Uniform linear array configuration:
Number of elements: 12
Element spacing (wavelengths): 0.25
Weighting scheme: binomial
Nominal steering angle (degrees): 30
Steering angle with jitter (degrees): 29.636
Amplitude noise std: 0.05
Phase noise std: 0.05

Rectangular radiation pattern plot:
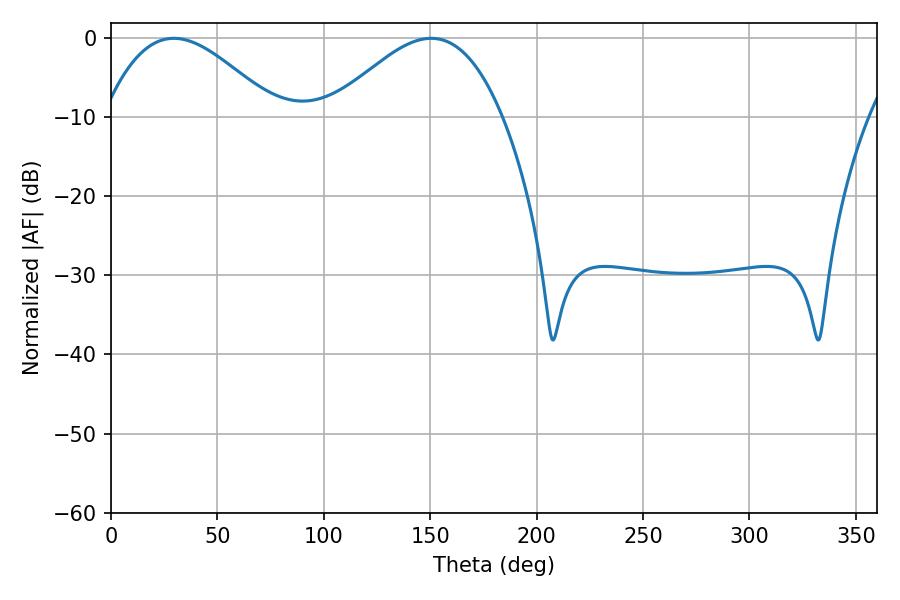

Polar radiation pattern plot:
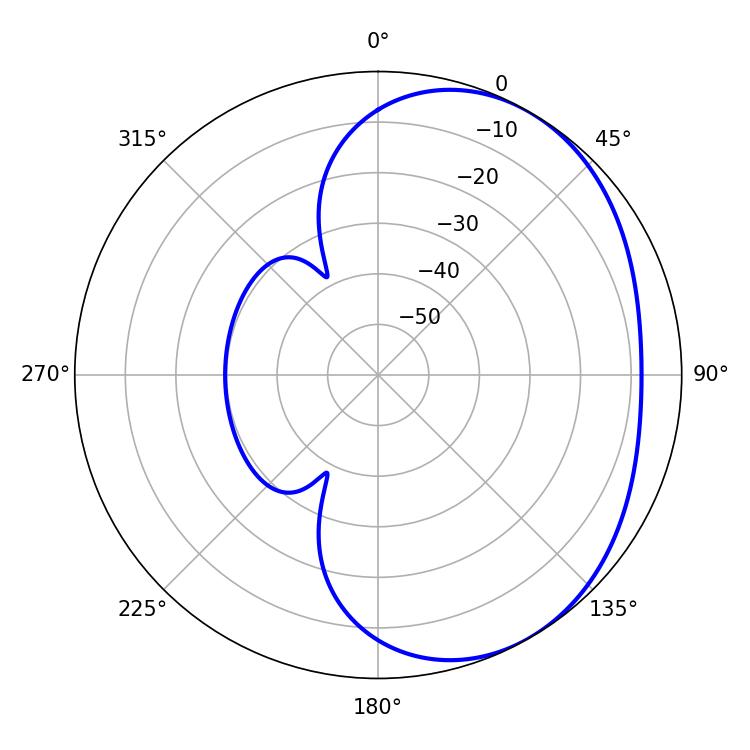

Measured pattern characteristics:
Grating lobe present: FALSE
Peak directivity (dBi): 3.288
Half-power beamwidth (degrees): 43.56
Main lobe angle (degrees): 29.52